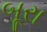
બૂરા